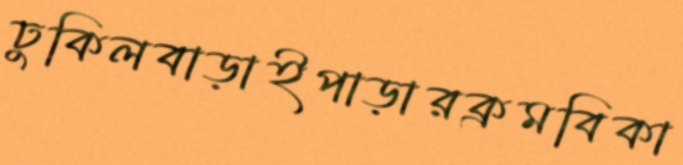
ঢুকিলবাড়াইপাড়ারক্রমবিকা